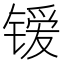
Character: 𰾭